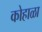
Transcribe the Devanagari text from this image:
कोहाळा